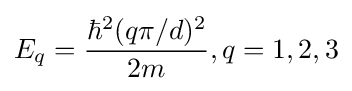
E_{q}={\hbar ^{2}(q\pi /d)^{2} \over 2m},q=1,2,3